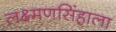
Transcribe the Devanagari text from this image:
लक्ष्मणसिंहाला